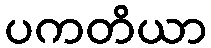
ပကတိယာ